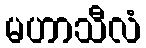
မဟာသီလံ